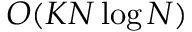
O ( K N \log N )